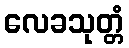
လေခသုတ္တံ